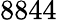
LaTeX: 8844